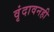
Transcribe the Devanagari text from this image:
वृंदावनही